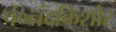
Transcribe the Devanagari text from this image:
पं०नंदकिशोर